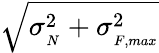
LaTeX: \sqrt{\sigma_{{}_{N}}^{2}+\sigma_{{}_{F,max}}^{2}}